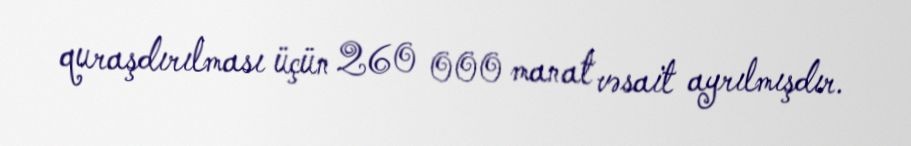
quraşdırılması üçün 260 000 manat vəsait ayrılmışdır.